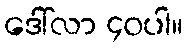
ဒေါ်လာ ၄၀ပါ။